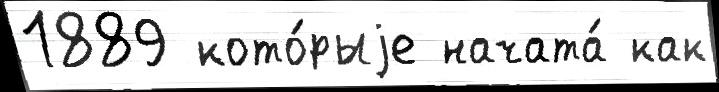
1889 кото́рыjе начата́ как